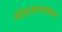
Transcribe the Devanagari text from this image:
संद्रजाष्टकम